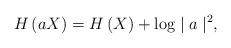
LaTeX: \begin{align*}H\left( aX\right) =H\left( X\right) + \log \mid a\mid^2,\end{align*}